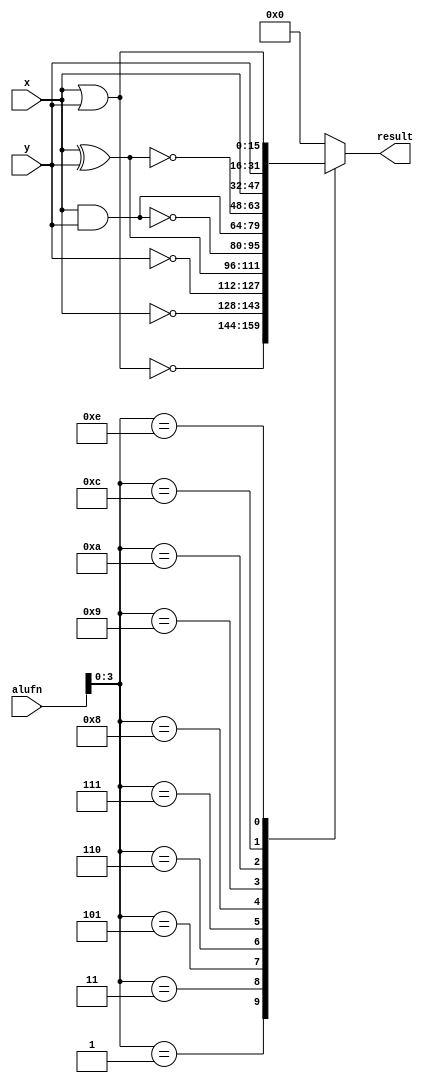
/*
   This file was generated automatically by Alchitry Labs version 1.2.7.
   Do not edit this file directly. Instead edit the original Lucid source.
   This is a temporary file and any changes made to it will be destroyed.
*/

module boolean16_30 (
    input [5:0] alufn,
    input [15:0] x,
    input [15:0] y,
    output reg [15:0] result
  );
  
  
  
  always @* begin
    
    case (alufn[0+3-:4])
      4'h0: begin
        result = 16'h0000;
      end
      4'h1: begin
        result = ~(x | y);
      end
      4'h3: begin
        result = ~x;
      end
      4'h5: begin
        result = ~y;
      end
      4'h6: begin
        result = x ^ y;
      end
      4'h7: begin
        result = ~(x & y);
      end
      4'h8: begin
        result = x & y;
      end
      4'h9: begin
        result = ~(x ^ y);
      end
      4'ha: begin
        result = x;
      end
      4'hc: begin
        result = y;
      end
      4'he: begin
        result = x | y;
      end
      default: begin
        result = 16'h0000;
      end
    endcase
  end
endmodule